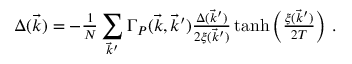
\Delta ( \vec { k } ) = - { \textstyle { \frac { 1 } { N } } } \sum _ { \vec { k } ^ { \prime } } \Gamma _ { P } ( \vec { k } , \vec { k } ^ { \prime } ) { \textstyle { \frac { \Delta ( \vec { k } ^ { \prime } ) } { 2 \xi ( \vec { k } ^ { \prime } ) } } } \operatorname { t a n h } \left( { \textstyle { \frac { \xi ( \vec { k } ^ { \prime } ) } { 2 T } } } \right) \, .